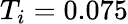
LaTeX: T_{i}=0.075